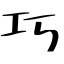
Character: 巧